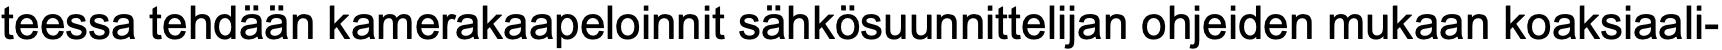
teessa tehdään kamerakaapeloinnit sähkösuunnittelijan ohjeiden mukaan koaksiaali-